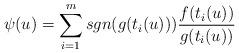
LaTeX: \begin{align*}\psi(u)=\sum_{i=1}^msgn(g(t_i(u)))\frac{f(t_i(u))}{g(t_i(u))}\end{align*}